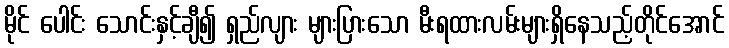
မိုင် ပေါင်း သောင်းနှင့်ချီ၍ ရှည်လျား များပြားသော မီးရထားလမ်းများရှိနေသည့်တိုင်အောင်